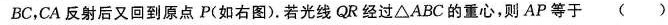
BC，CA反射后又回到原点P(如右图)。若光线QR经过△ABC的重心，则AP等于()